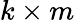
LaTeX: k\times m